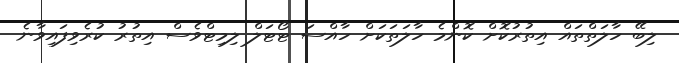
ލިބޭ ހާލަތްތައް އިތުރުކޮށް ކޮންމެ ހާލަތަކަށް ހާއްސަ ޓޯޓަލް ލިމިޓްވެސް އިތުރު ކުރެވިފައިވާނެ